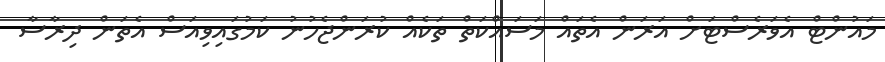
މައުންޓް އެވަރެސްޓަށް އަރަން އެތައް މަސައްކަތް ތަކެއް ކުރަންޖެހުނު ކަމުގައިވިއަސް އެތަން ދިރާސާ